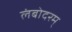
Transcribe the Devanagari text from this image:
लंबोदरम्